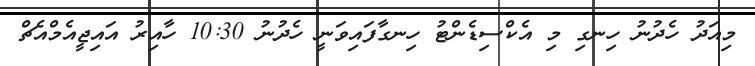
މިއަދު ހެދުނު ހިނގި މި އެކްސިޑެންޓު ހިނގާފައިވަނީ ހެދުނު 10:30 ހާއިރު އައިޖީއެމްއެޗް